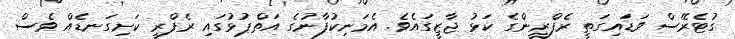
ގުޓެރޭސް ވަޑައިގަތީ ރެފްރީންގެ ކަޅު ޖާޒީގައެވެ. އެމަނިކުފާނުގެ އަތްޕުޅުގައި ރެފްރީ ކަށިގަނޑެއް ވެސް